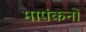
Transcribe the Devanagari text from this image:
मापंकनों